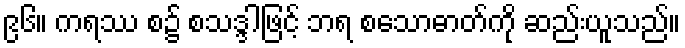
၉၆။ ကရဿ စ၌ စသဒ္ဒါဖြင့် ဘရ စသောဓာတ်ကို ဆည်းယူသည်။